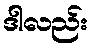
ဒါလည်း